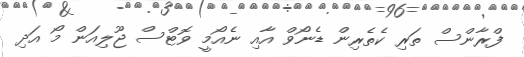
ފްރާންސް ތަރި ކެތެރިން ޑެނޯވް އާއި ނެއޯމީ ވޮޓްސް ޖޫލިއަން މޯ އަދި